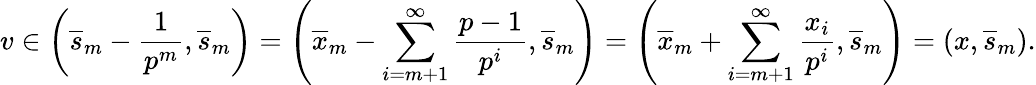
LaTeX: v\in\left(\overline{{s}}_{m}-\frac{1}{p^{m}},\overline{{s}}_{m}\right)=\left(\overline{{x}}_{m}-\sum_{i=m+1}^{\infty}\frac{p-1}{p^{i}},\overline{{s}}_{m}\right)=\left(\overline{{x}}_{m}+\sum_{i=m+1}^{\infty}\frac{x_{i}}{p^{i}},\overline{{s}}_{m}\right)=(x,\overline{{s}}_{m}).